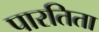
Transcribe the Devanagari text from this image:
पारतिता